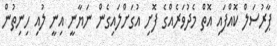
ޕާރުސަލް ކޮއްފައި އޮތް މެދުވަރެއްގެ ފޮށި އުގަށްލައިގެން ނަޔާނީ އިނީ ލުއި ހިނިތުން